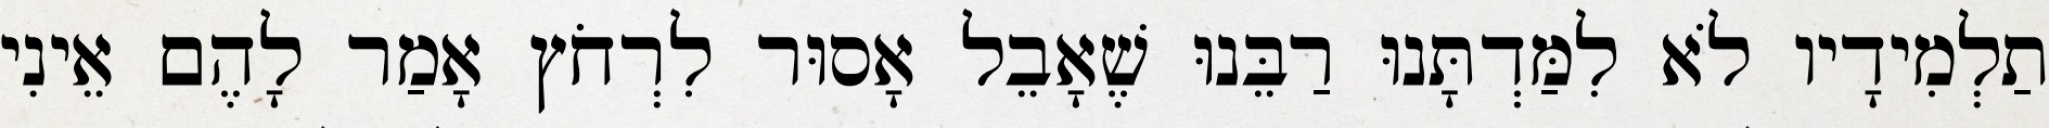
תַלְמִידָיו לֹא לִמַּדְתָּנוּ רַבֵּנוּ שֶׁאָבֵל אָסוּר לִרְחֹץ אָמַר לָהֶם אֵינִי